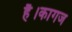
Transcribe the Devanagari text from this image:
है।कागज